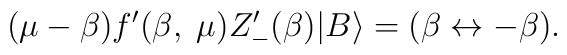
(\mu - \beta) f'(\beta,\;\mu)Z'_-(\beta) | B \rangle = ( \beta \leftrightarrow -\beta).